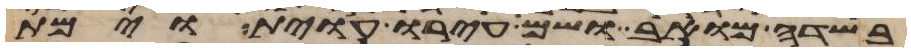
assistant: בשדה מואב ושם עירו עוית וימת